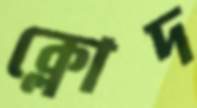
ক্লোদ